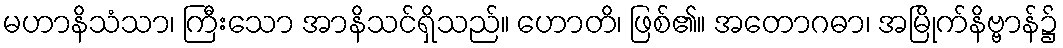
မဟာနိသံသာ၊ ကြီးသော အာနိသင်ရှိသည်။ ဟောတိ၊ ဖြစ်၏။ အတောဂဓာ၊ အမြိုက်နိဗ္ဗာန်၌